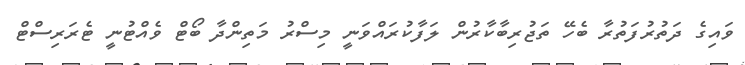
ވައިގެ ދަތުރުފަތުރާ ބެހޭ ތަޖުރިބާކާރުން ލަފާކުރައްވަނީ މިސްރު މަތިންދާ ބޯޓް ވެއްޓުނީ ޓެރަރިސްޓް